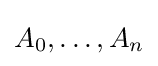
A_{0},\dotsc ,A_{n}